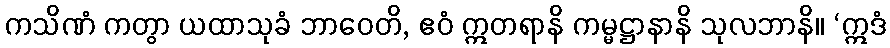
ကသိဏံ ကတွာ ယထာသုခံ ဘာဝေတိ, ဧဝံ ဣတရာနိ ကမ္မဋ္ဌာနာနိ သုလဘာနိ။ ‘ဣဒံ